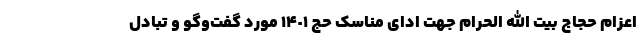
اعزام حجاج بیت الله الحرام جهت ادای مناسک حج ١۴٠١ مورد گفت‌وگو و تبادل